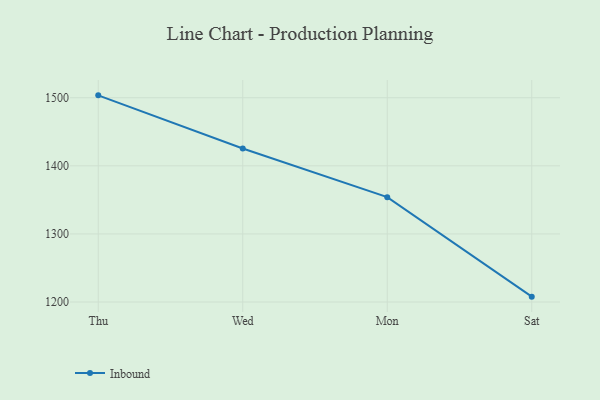
{"axis": {"x": "Day", "y": "Gross Profit (USD K)"}, "legend": ["Inbound"], "data": [{"x": "Thu", "y": 1503.5, "type": "Inbound"}, {"x": "Wed", "y": 1425.5, "type": "Inbound"}, {"x": "Mon", "y": 1354.0, "type": "Inbound"}, {"x": "Sat", "y": 1207.9, "type": "Inbound"}]}